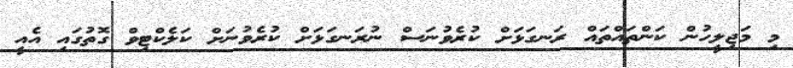
މި މަޖިލީހުން ކަންތައްތައް ރަނގަޅަށް ކުރެވުނަސް ނުރަނގަަޅަށް ކުރެވުނަށް ކަލެކްޓިވް ގޮތުގައި އެއީ